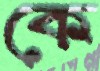
কে